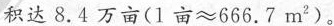
积达8.4万亩( $$1 亩 ≈ 6 6 6 . 7 m ^ { 2 }$$ )。